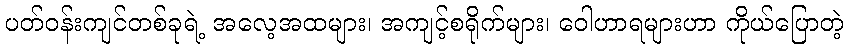
ပတ်ဝန်းကျင်တစ်ခုရဲ့ အလေ့အထများ၊ အကျင့်စရိုက်များ၊ ဝေါဟာရများဟာ ကိုယ်ပြောတဲ့